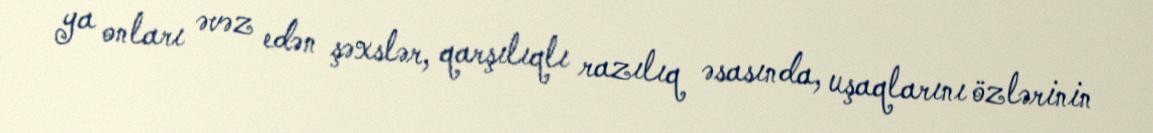
ya onları əvəz edən şəxslər, qarşılıqlı razılıq əsasında, uşaqlarını özlərinin